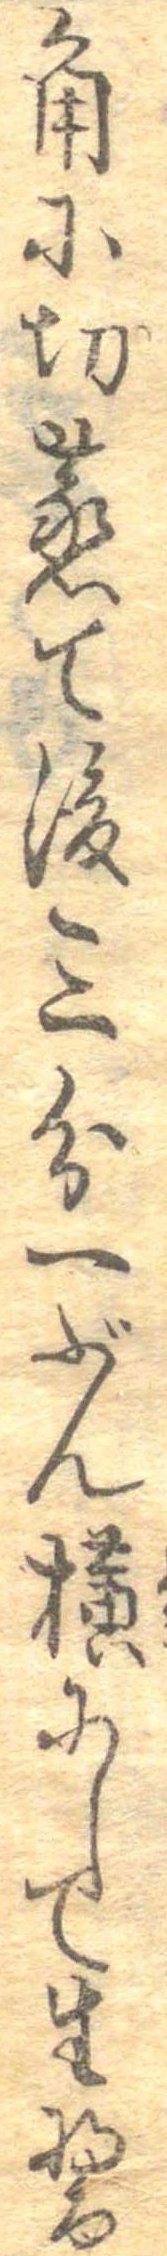
角に切蒸て後三分一ぶん横にして生醤